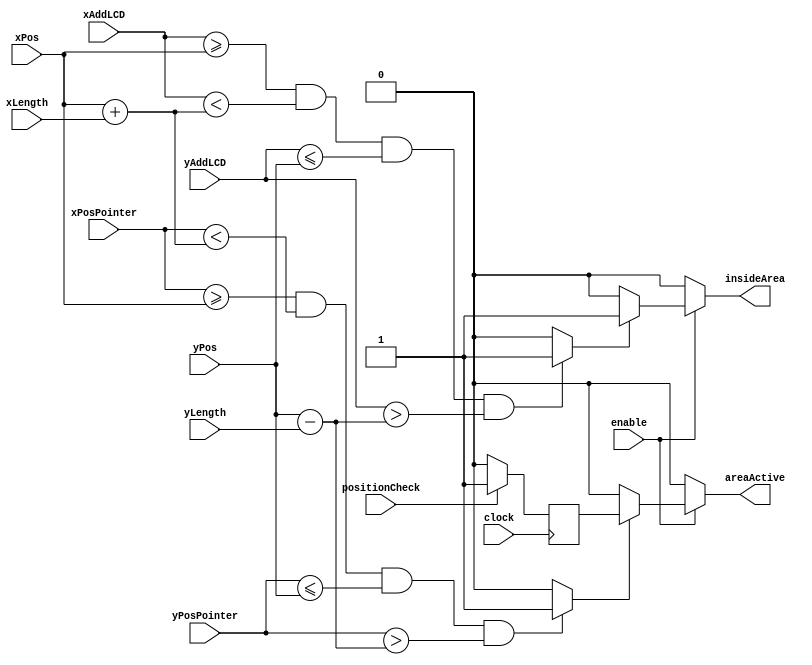
module interactionArea #(
	parameter SCREEN_WIDTH = 240,
	parameter SCREEN_HEIGHT = 320,
	parameter BITS_SCREEN_WIDTH = 8,
	parameter BITS_SCREEN_HEIGHT = 9

)(
	input  clock,
	input  enable,
	input  positionCheck,
	input  [BITS_SCREEN_WIDTH-1:0]  xAddLCD,
	input  [BITS_SCREEN_HEIGHT-1:0] yAddLCD, 
	input  [BITS_SCREEN_WIDTH-1:0]  xPos,
	input  [BITS_SCREEN_HEIGHT-1:0] yPos,
	input  [BITS_SCREEN_WIDTH-1:0]  xLength,
	input  [BITS_SCREEN_HEIGHT-1:0] yLength,
	input  [BITS_SCREEN_WIDTH-1:0]  xPosPointer,
	input  [BITS_SCREEN_HEIGHT-1:0] yPosPointer,
	output insideArea,
	output areaActive
);

reg areaActiveReg = 1'b0;
wire areaCheck;

always @(posedge clock) begin
	if (positionCheck == 1'b1) begin
		areaActiveReg = 1'b1;
	end else begin
		areaActiveReg = 1'b0;
	end
end

assign addressCheck = ((xAddLCD >= xPos) && (xAddLCD < (xPos + xLength)) && (yAddLCD <= yPos) && (yAddLCD > (yPos - yLength))) ? 1'b1 : 1'b0;
assign areaCheck = ((xPosPointer >= xPos) && (xPosPointer < (xPos + xLength)) && (yPosPointer <= yPos) && (yPosPointer > (yPos - yLength))) ? 1'b1 : 1'b0;

assign insideArea = enable ? (addressCheck ? 1'b1 : 1'b0) : 1'b0;
assign areaActive = enable ? (areaCheck ? areaActiveReg : 1'b0) : 1'b0;
							  
endmodule